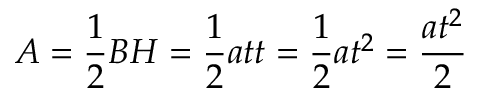
A = { \frac { 1 } { 2 } } B H = { \frac { 1 } { 2 } } a t t = { \frac { 1 } { 2 } } a t ^ { 2 } = { \frac { a t ^ { 2 } } { 2 } }